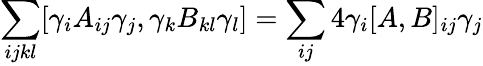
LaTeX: \sum_{ijkl}[\gamma_{i}A_{ij}\gamma_{j},\gamma_{k}B_{kl}\gamma_{l}]=\sum_{ij}4\gamma_{i}[A,B]_{ij}\gamma_{j}